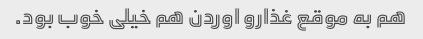
هم به موقع غذارو اوردن هم خیلی خوب بود.